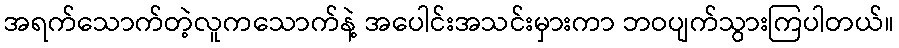
အရက်သောက်တဲ့လူကသောက်နဲ့ အပေါင်းအသင်းမှားကာ ဘဝပျက်သွားကြပါတယ်။